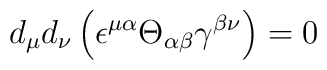
d_\mu d_\nu \left(\epsilon^{\mu\alpha}\Theta_{\alpha\beta}\gamma^{\beta\nu}  \right) = 0